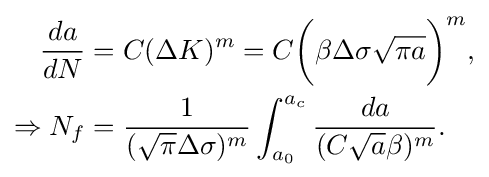
{\begin{aligned}{da \over dN}&=C(\Delta K)^{m}=C{\bigg (}\beta \Delta \sigma {\sqrt {\pi a}}{\bigg )}^{m},\\\Rightarrow N_{f}&={\frac {1}{({\sqrt {\pi }}\Delta \sigma )^{m}}}\int _{a_{0}}^{a_{c}}{\frac {da}{(C{\sqrt {a}}\beta )^{m}}}.\end{aligned}}